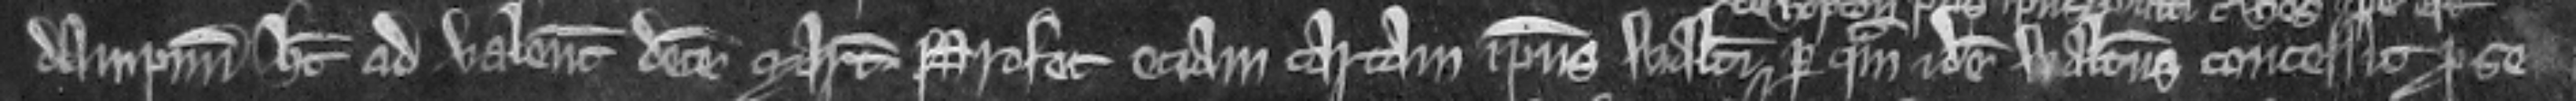
dampnum habet ad valenciam decem marcarum. rofert eciam cartam ipsius Walteri per quam idem Walterus concessit pro se